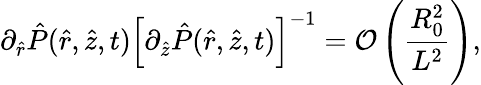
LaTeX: \partial_{\hat{r}}\hat{P}(\hat{r},\hat{z},t)\left[\partial_{\hat{z}}\hat{P}(\hat{r},\hat{z},t)\right]^{-1}=\mathcal{O}\left(\frac{R_{0}^{2}}{L^{2}}\right),